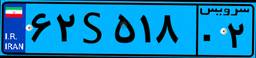
۶۲S۵۱۸۰۲